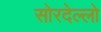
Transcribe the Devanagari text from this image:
सोरदेल्लो